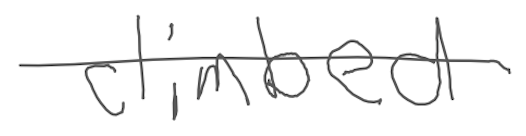
Text: climbed
Cross-out: single-line
Writing tool: digital_gray